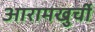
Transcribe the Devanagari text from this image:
आरामखुर्ची